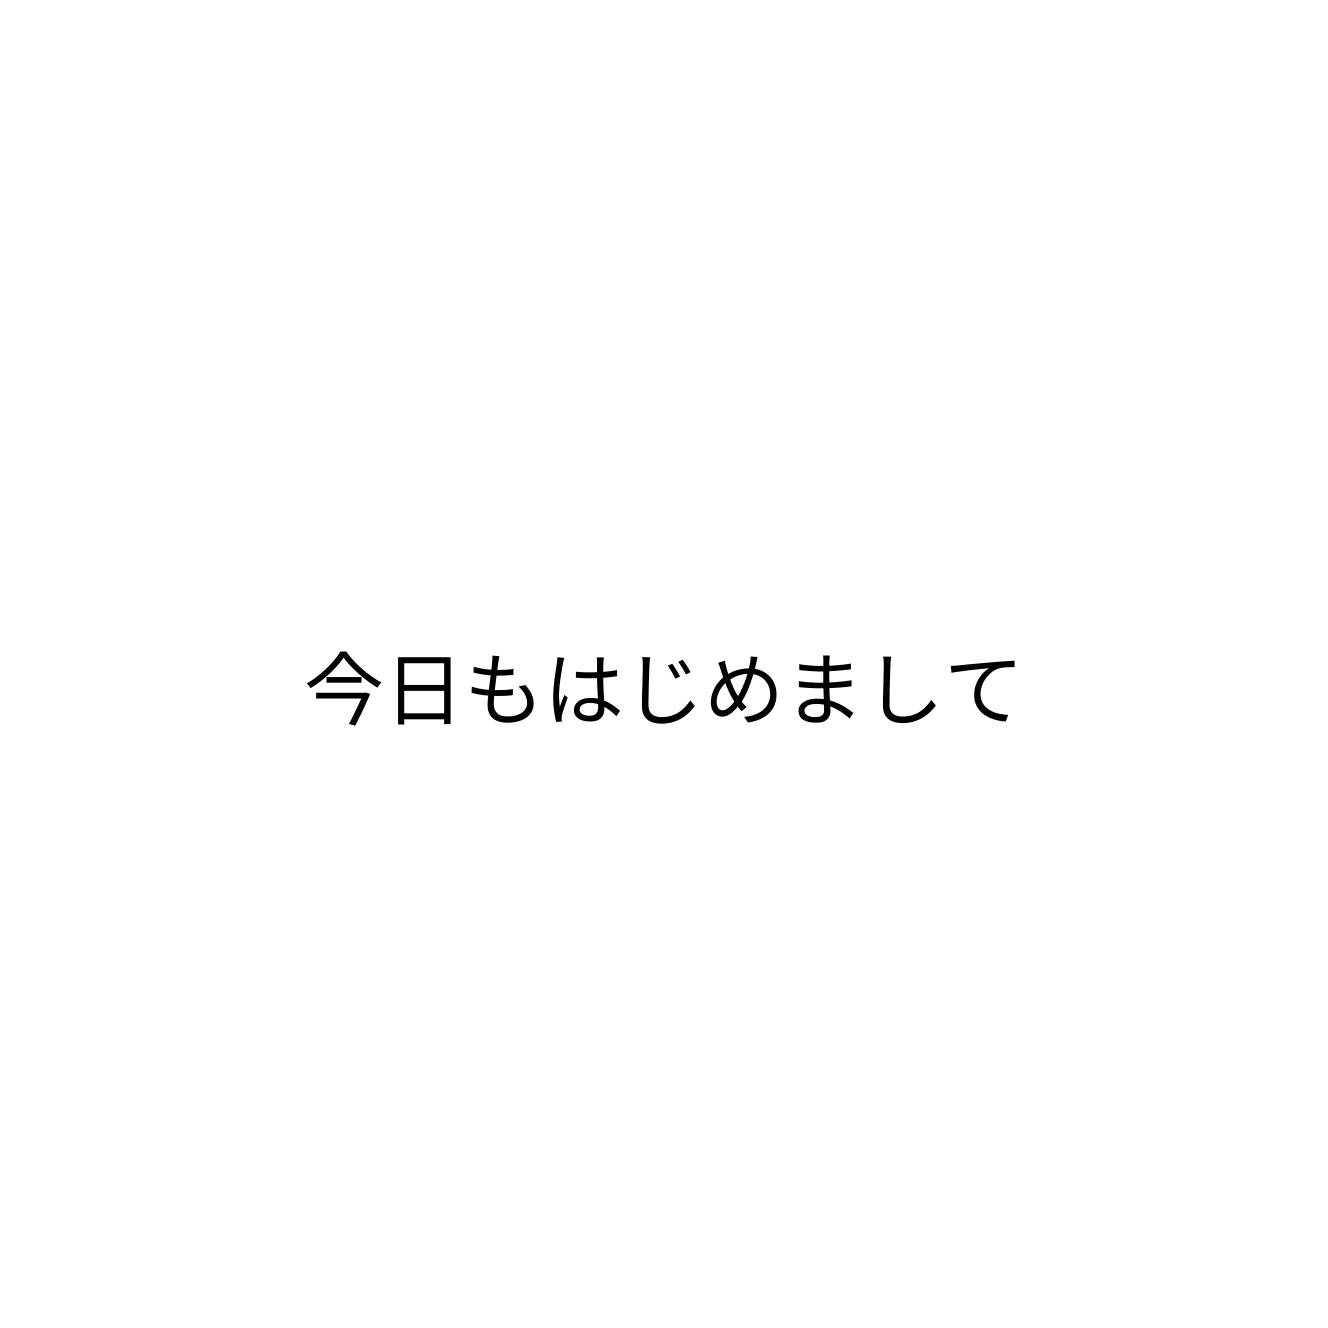
今日もはじめまして